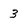
Character: 3